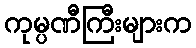
ကုမ္ပဏီကြီးများက